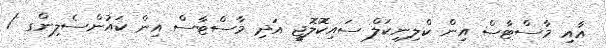
އާއި މާސްޓާސް އިން ކްލިނިކަލް ސައިކޮލޮޖީ އަދި މާސްޓާސް އިން ކައުންސެލިންގ /